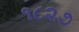
૧૮૨૭